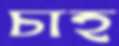
চাহ